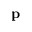
\mathbf { p }